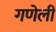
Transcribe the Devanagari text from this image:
गणेली